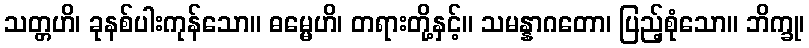
သတ္တဟိ၊ ခုနစ်ပါးကုန်သော။ ဓမ္မေဟိ၊ တရားတို့နှင့်။ သမန္နာဂတော၊ ပြည့်စုံသော။ ဘိက္ခု၊